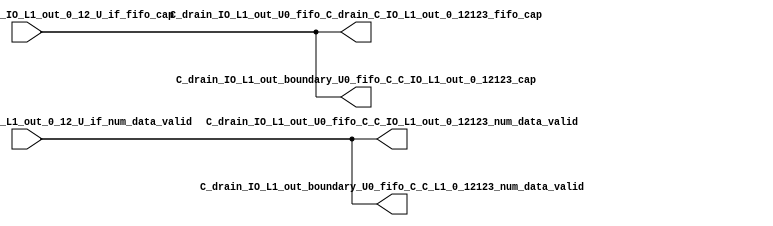
// ==================================================
// RTL generated by RapidStream
//
// Copyright 2024 RapidStream Design Automation, Inc.
// All Rights Reserved.
// ==================================================
`timescale 1 ns / 1 ps
module __rs_kernel3_aux_split_aux_97 #(
    parameter C_S_AXI_CONTROL_DATA_WIDTH  = 32,
    parameter C_S_AXI_CONTROL_ADDR_WIDTH  = 6,
    parameter C_S_AXI_DATA_WIDTH          = 32,
    parameter C_M_AXI_GMEM_A_ID_WIDTH     = 1,
    parameter C_M_AXI_GMEM_A_ADDR_WIDTH   = 64,
    parameter C_M_AXI_GMEM_A_DATA_WIDTH   = 512,
    parameter C_M_AXI_GMEM_A_AWUSER_WIDTH = 1,
    parameter C_M_AXI_GMEM_A_ARUSER_WIDTH = 1,
    parameter C_M_AXI_GMEM_A_WUSER_WIDTH  = 1,
    parameter C_M_AXI_GMEM_A_RUSER_WIDTH  = 1,
    parameter C_M_AXI_GMEM_A_BUSER_WIDTH  = 1,
    parameter C_M_AXI_GMEM_A_USER_VALUE   = 0,
    parameter C_M_AXI_GMEM_A_PROT_VALUE   = 0,
    parameter C_M_AXI_GMEM_A_CACHE_VALUE  = 3,
    parameter C_M_AXI_DATA_WIDTH          = 32,
    parameter C_M_AXI_GMEM_B_ID_WIDTH     = 1,
    parameter C_M_AXI_GMEM_B_ADDR_WIDTH   = 64,
    parameter C_M_AXI_GMEM_B_DATA_WIDTH   = 512,
    parameter C_M_AXI_GMEM_B_AWUSER_WIDTH = 1,
    parameter C_M_AXI_GMEM_B_ARUSER_WIDTH = 1,
    parameter C_M_AXI_GMEM_B_WUSER_WIDTH  = 1,
    parameter C_M_AXI_GMEM_B_RUSER_WIDTH  = 1,
    parameter C_M_AXI_GMEM_B_BUSER_WIDTH  = 1,
    parameter C_M_AXI_GMEM_B_USER_VALUE   = 0,
    parameter C_M_AXI_GMEM_B_PROT_VALUE   = 0,
    parameter C_M_AXI_GMEM_B_CACHE_VALUE  = 3,
    parameter C_M_AXI_GMEM_C_ID_WIDTH     = 1,
    parameter C_M_AXI_GMEM_C_ADDR_WIDTH   = 64,
    parameter C_M_AXI_GMEM_C_DATA_WIDTH   = 512,
    parameter C_M_AXI_GMEM_C_AWUSER_WIDTH = 1,
    parameter C_M_AXI_GMEM_C_ARUSER_WIDTH = 1,
    parameter C_M_AXI_GMEM_C_WUSER_WIDTH  = 1,
    parameter C_M_AXI_GMEM_C_RUSER_WIDTH  = 1,
    parameter C_M_AXI_GMEM_C_BUSER_WIDTH  = 1,
    parameter C_M_AXI_GMEM_C_USER_VALUE   = 0,
    parameter C_M_AXI_GMEM_C_PROT_VALUE   = 0,
    parameter C_M_AXI_GMEM_C_CACHE_VALUE  = 3,
    parameter C_S_AXI_CONTROL_WSTRB_WIDTH = 4,
    parameter C_S_AXI_WSTRB_WIDTH         = 4,
    parameter C_M_AXI_GMEM_A_WSTRB_WIDTH  = 64,
    parameter C_M_AXI_WSTRB_WIDTH         = 4,
    parameter C_M_AXI_GMEM_B_WSTRB_WIDTH  = 64,
    parameter C_M_AXI_GMEM_C_WSTRB_WIDTH  = 64
) (
    output wire [1:0] C_drain_IO_L1_out_U0_fifo_C_C_IO_L1_out_0_12123_num_data_valid,
    output wire [1:0] C_drain_IO_L1_out_U0_fifo_C_drain_C_IO_L1_out_0_12123_fifo_cap,
    output wire [1:0] C_drain_IO_L1_out_boundary_U0_fifo_C_C_IO_L1_out_0_12123_cap,
    output wire [1:0] C_drain_IO_L1_out_boundary_U0_fifo_C_C_L1_0_12123_num_data_valid,
    input wire  [1:0] fifo_C_drain_C_drain_IO_L1_out_0_12_U_if_fifo_cap,
    input wire  [1:0] fifo_C_drain_C_drain_IO_L1_out_0_12_U_if_num_data_valid
);
assign C_drain_IO_L1_out_U0_fifo_C_C_IO_L1_out_0_12123_num_data_valid = fifo_C_drain_C_drain_IO_L1_out_0_12_U_if_num_data_valid;
assign C_drain_IO_L1_out_U0_fifo_C_drain_C_IO_L1_out_0_12123_fifo_cap = fifo_C_drain_C_drain_IO_L1_out_0_12_U_if_fifo_cap;
assign C_drain_IO_L1_out_boundary_U0_fifo_C_C_IO_L1_out_0_12123_cap = fifo_C_drain_C_drain_IO_L1_out_0_12_U_if_fifo_cap;
assign C_drain_IO_L1_out_boundary_U0_fifo_C_C_L1_0_12123_num_data_valid = fifo_C_drain_C_drain_IO_L1_out_0_12_U_if_num_data_valid;
endmodule